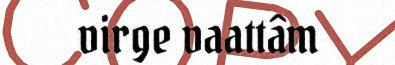
virge vaattâm